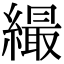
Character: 繓